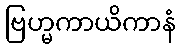
ဗြဟ္မကာယိကာနံ